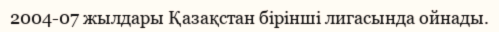
2004-07 жылдары Қазақстан бірінші лигасында ойнады.